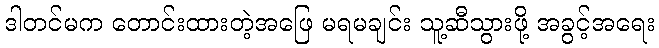
ဒါတင်မက တောင်းထားတဲ့အဖြေ မရမချင်း သူ့ဆီသွားဖို့ အခွင့်အရေး